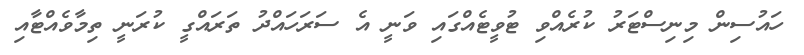
ހައުސިން މިނިސްޓަރު ކުރެއްވި ޓުވީޓެއްގައި ވަނީ އެ ސަރަހައްދު ތަރައްގީ ކުރަނީ ތިމާވެއްޓާއި